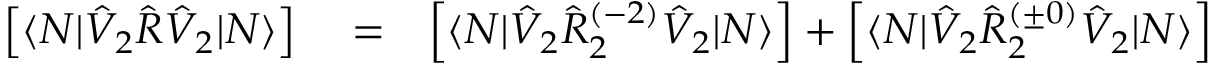
\begin{array} { r l r } { \left[ \langle N | \hat { V } _ { 2 } \hat { R } \hat { V } _ { 2 } | N \rangle \right] } & { { } = } & { \left[ \langle N | \hat { V } _ { 2 } \hat { R } _ { 2 } ^ { ( - 2 ) } \hat { V } _ { 2 } | N \rangle \right] + \left[ \langle N | \hat { V } _ { 2 } \hat { R } _ { 2 } ^ { ( \pm 0 ) } \hat { V } _ { 2 } | N \rangle \right] } \end{array}